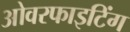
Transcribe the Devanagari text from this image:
ओवरफाइटिंग